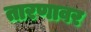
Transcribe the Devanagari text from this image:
तारणावर